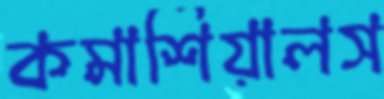
কমার্শিয়ালস